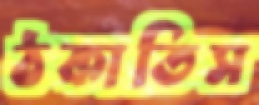
ঠকাতিস